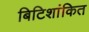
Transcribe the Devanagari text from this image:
बिटिशांकित